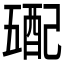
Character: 𲆮